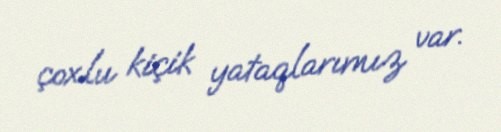
çoxlu kiçik yataqlarımız var.